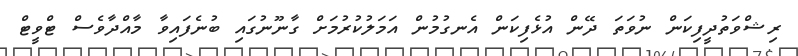
ރިޝްވަތުދީފިކަން ނުވަތަ ދޭން އުޅެފިކަން އެނގުމުން އަމަލުކުރުމަށް ގާނޫނުގައި ބުނެފައިވާ މާއްދާވެސް ޓްވީޓް